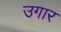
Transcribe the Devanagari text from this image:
उगार